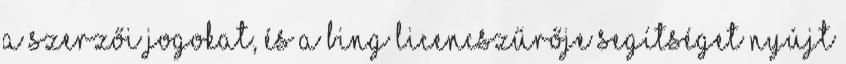
a szerzői jogokat, és a Bing licencszűrője segítséget nyújt